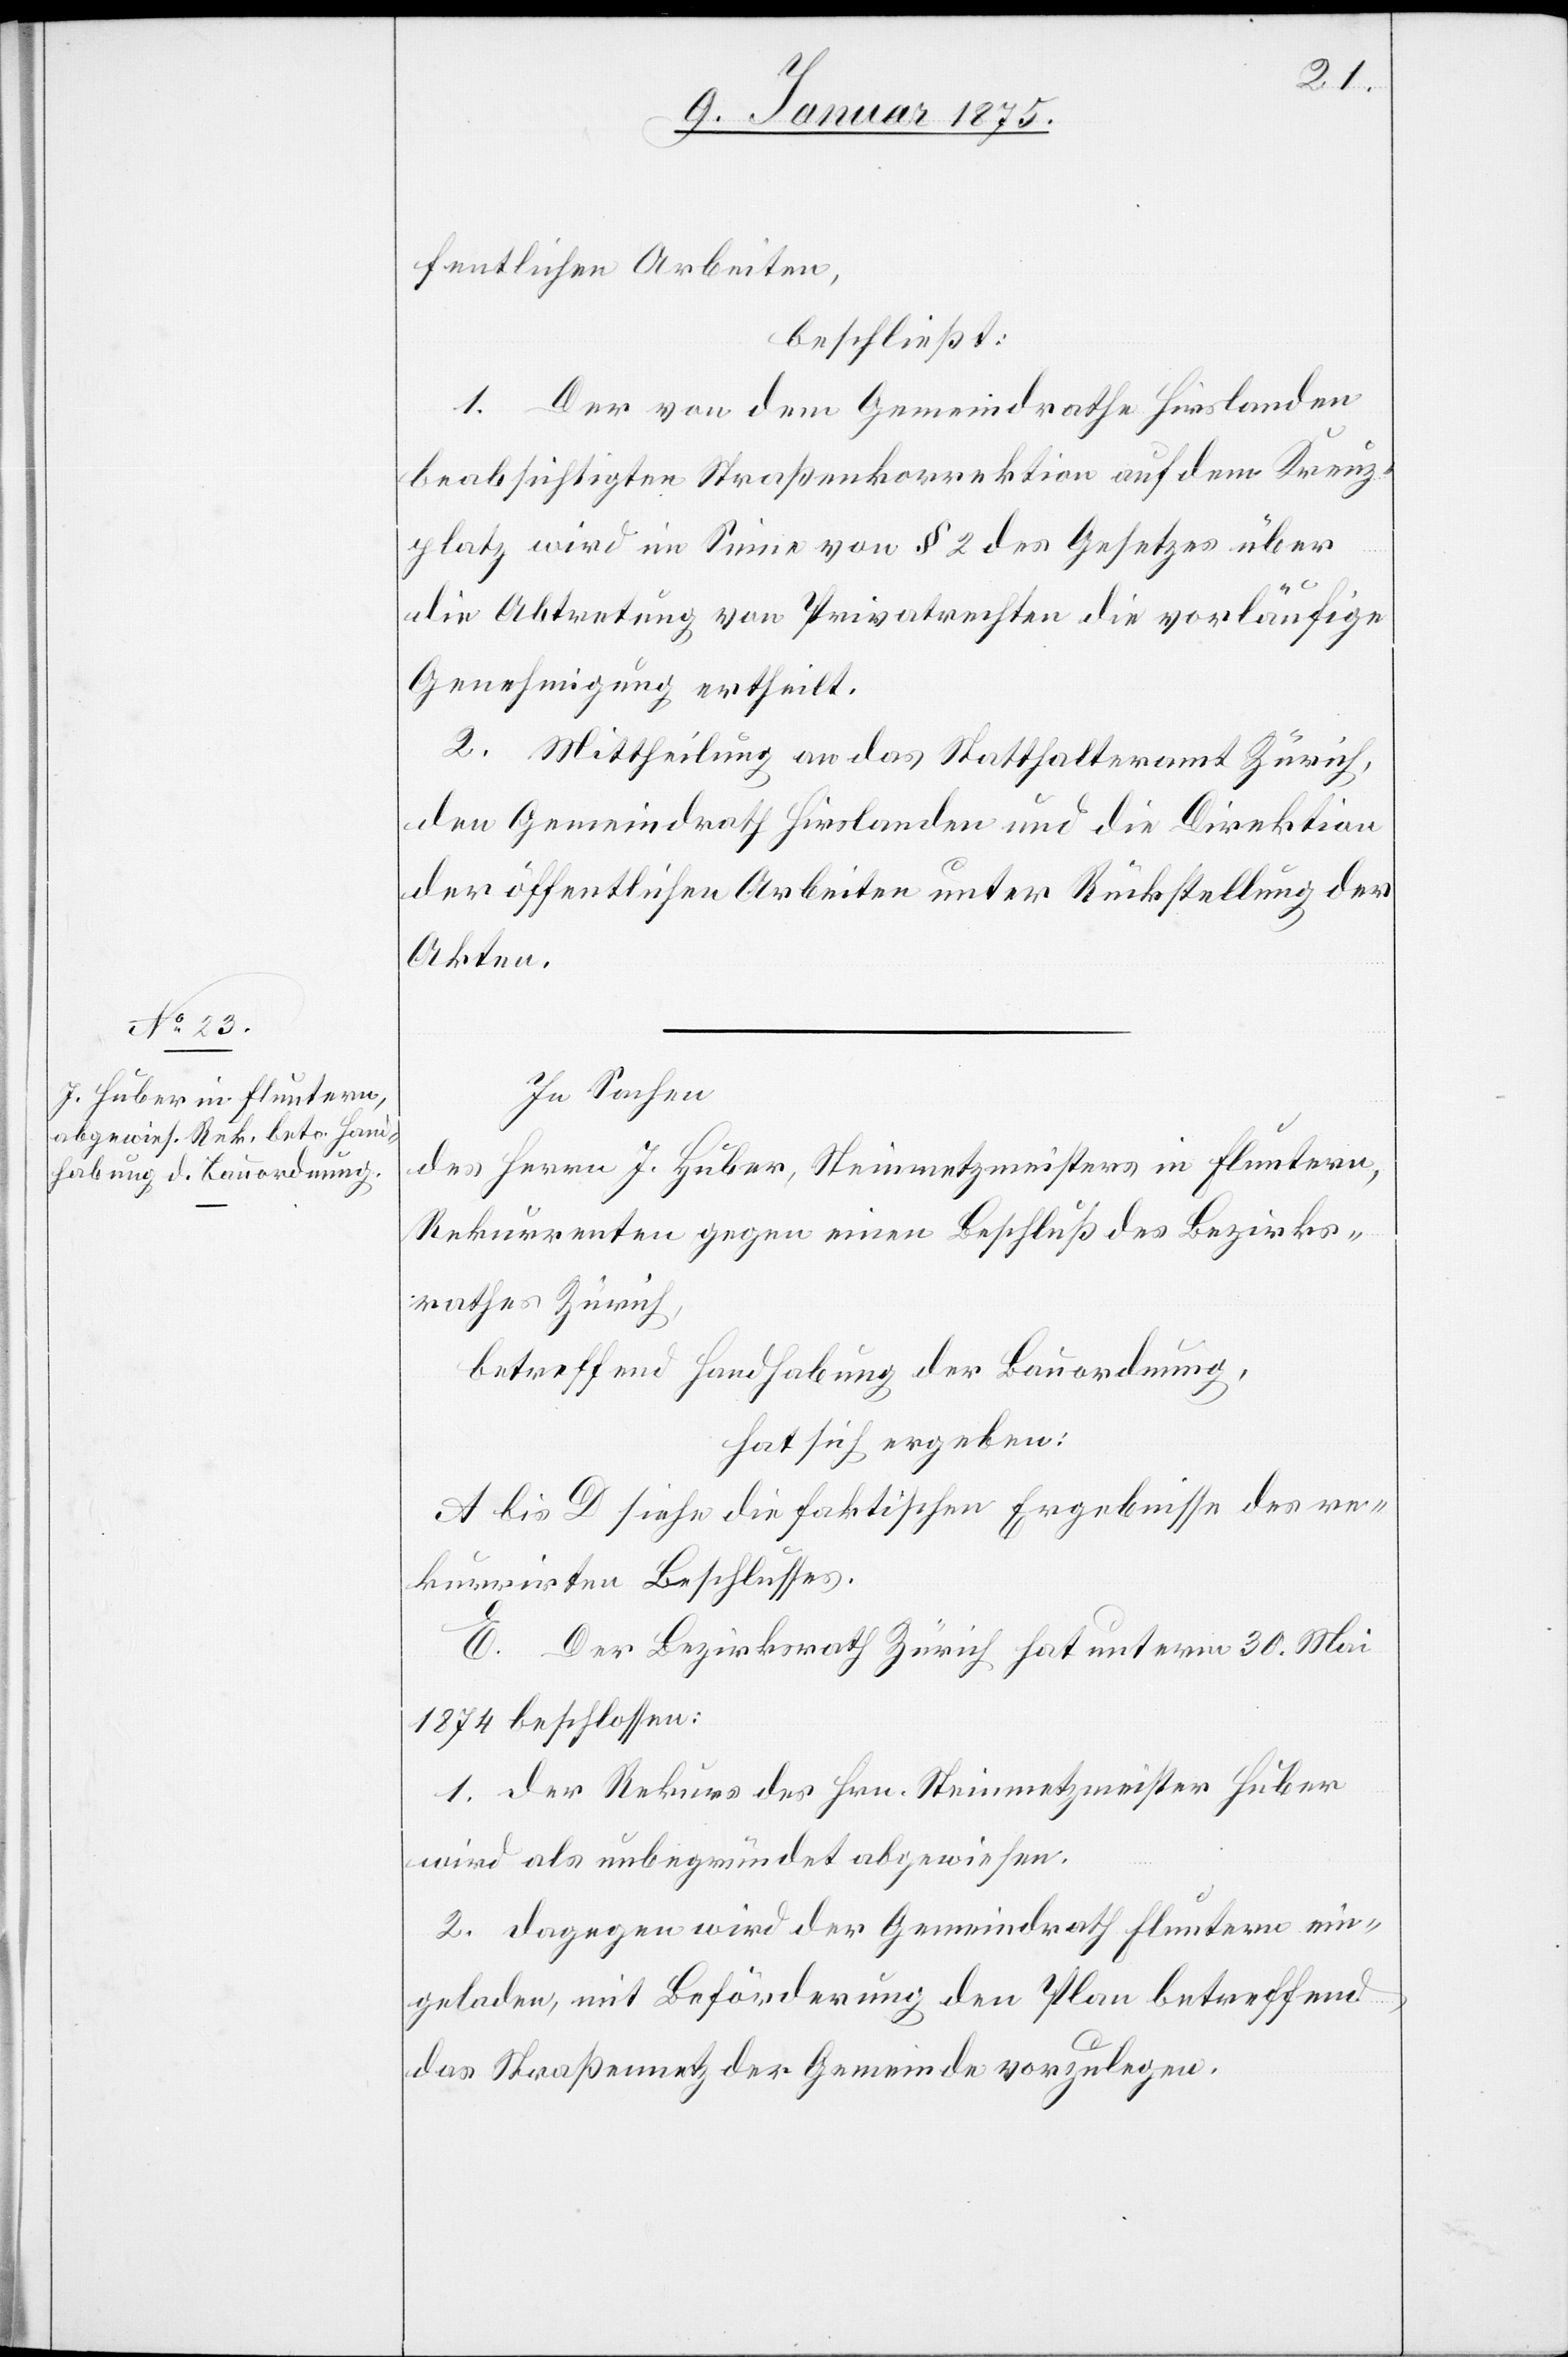
fentlichen Arbeiten,
beschließt:
1. Der von dem Gemeindrathe Hirslanden
beabsichtigten Straßenkorrektion auf dem Kreuz¬
platz wird im Sinne von § 2 des Gesetzes über
die Abtretung von Privatrechten die vorläufige
Genehmigung ertheilt.
2. Mittheilung an das Statthalteramt Zürich,
den Gemeindrath Hirslanden und die Direktion
der öffentlichen Arbeiten unter Rückstellung der
Akten.
In Sachen
des Herrn J. Huber, Steinmetzmeisters in Fluntern,
Rekurrenten gegen einen Beschluß des Bezirks¬
rathes Zürich,
betreffend Handhabung der Bauordnung,
hat sich ergeben:
A bis D siehe die faktischen Ergebnisse des re¬
kurrirten Beschlusses.
E. Der Bezirksrath Zürich hat unterm 30. Mai
1874 beschlossen:
1. Der Rekurs des Hrn. Steinmetzmeister Huber
wird als unbegründet abgewiesen.
2. Dagegen wird der Gemeindrath Fluntern ein¬
geladen, mit Beförderung den Plan betreffend
das Straßennetz der Gemeinde vorzulegen.